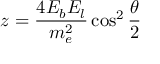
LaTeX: z = { \frac { 4 E _ { b } E _ { l } } { m _ { e } ^ { 2 } } } \cos ^ { 2 } \frac { \theta } { 2 }